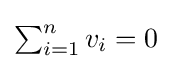
\textstyle \sum _{i=1}^{n}v_{i}=0